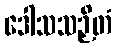
ဒေါသသဉှိတံ